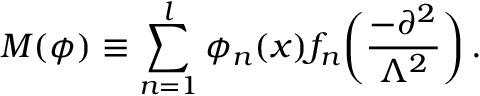
M ( \phi ) \equiv \sum _ { n = 1 } ^ { l } \phi _ { n } ( x ) f _ { n } \biggl ( \frac { - \partial ^ { 2 } } { \Lambda ^ { 2 } } \biggr ) \, .